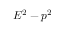
E ^ { 2 } - p ^ { 2 }